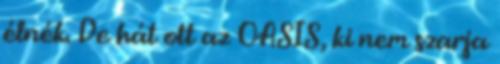
élnék. De hát ott az OASIS, ki nem szarja